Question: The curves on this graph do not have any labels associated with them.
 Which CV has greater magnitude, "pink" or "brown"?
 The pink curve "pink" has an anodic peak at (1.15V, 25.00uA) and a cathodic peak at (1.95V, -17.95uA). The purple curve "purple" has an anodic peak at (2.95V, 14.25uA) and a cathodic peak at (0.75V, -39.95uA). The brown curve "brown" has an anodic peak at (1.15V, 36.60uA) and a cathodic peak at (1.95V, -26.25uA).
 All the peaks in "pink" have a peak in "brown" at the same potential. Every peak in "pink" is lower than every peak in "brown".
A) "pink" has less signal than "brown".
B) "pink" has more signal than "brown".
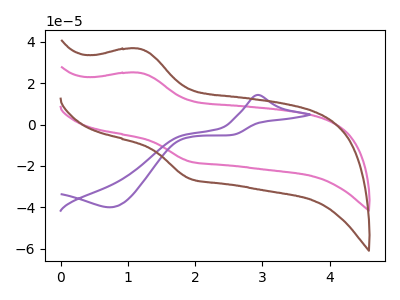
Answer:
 <answer>A) "pink" has less signal than "brown".</answer>
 <eval>A</eval>